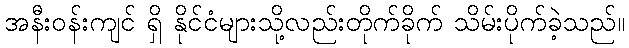
အနီးဝန်းကျင် ရှိ နိုင်ငံများသို့လည်းတိုက်ခိုက် သိမ်းပိုက်ခဲ့သည်။